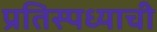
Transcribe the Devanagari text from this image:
प्रतिस्पध्याची